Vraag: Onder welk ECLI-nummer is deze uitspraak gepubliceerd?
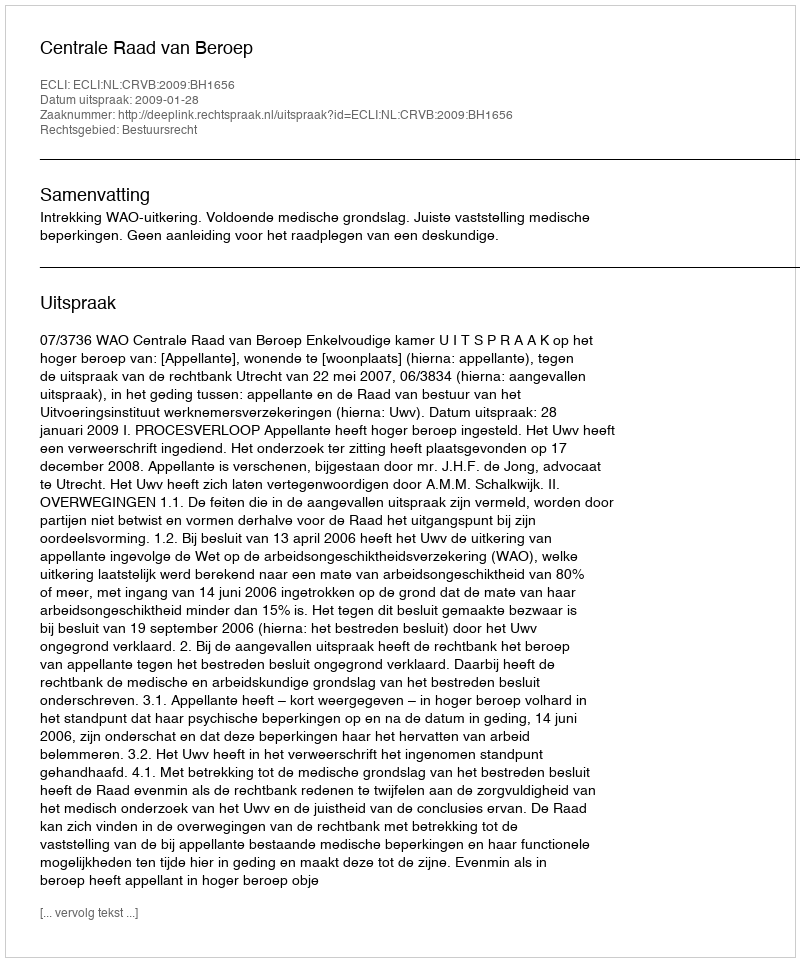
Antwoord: ECLI:NL:CRVB:2009:BH1656